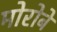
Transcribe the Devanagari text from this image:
मोरोबे